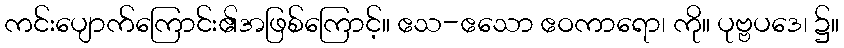
ကင်းပျောက်ကြောင်း၏အဖြစ်ကြောင့်။ ဧသ-ဧသော ဧဝကာရော၊ ကို။ ပုဗ္ဗပဒေ၊ ၌။